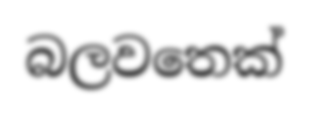
බලවතෙක්